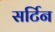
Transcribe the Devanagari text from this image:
सर्टिन